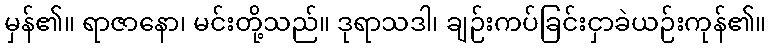
မှန်၏။ ရာဇာနော၊ မင်းတို့သည်။ ဒုရာသဒါ၊ ချဉ်းကပ်ခြင်းငှာခဲယဉ်းကုန်၏။